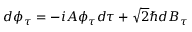
d \phi _ { \tau } = - i { \cal A } \phi _ { \tau } d \tau + \sqrt { 2 } \hbar d B _ { \tau }